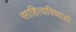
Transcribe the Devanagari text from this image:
साहित्यविधाओं